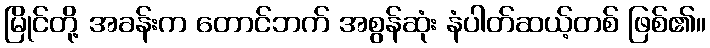
မြိုင်တို့ အခန်းက တောင်ဘက် အစွန်ဆုံး နံပါတ်ဆယ့်တစ် ဖြစ်၏။